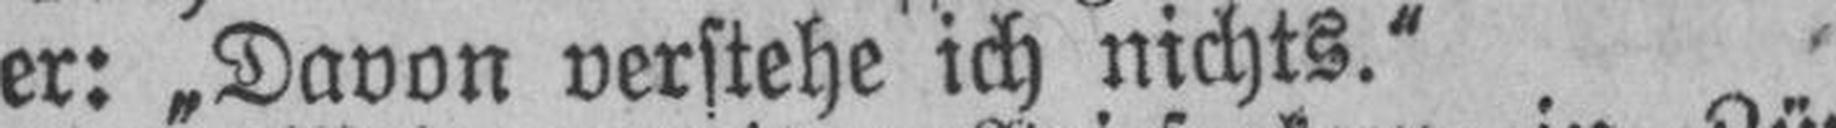
er: „Davon verstehe ich nichts.“